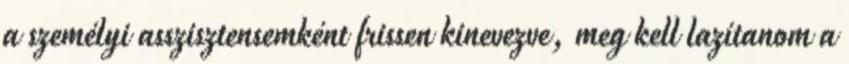
a személyi asszisztensemként frissen kinevezve, meg kell lazítanom a